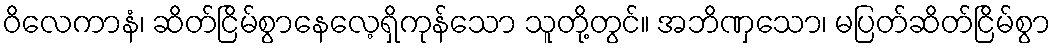
ဝိလေကာနံ၊ ဆိတ်ငြိမ်စွာနေလေ့ရှိကုန်သော သူတို့တွင်။ အဘိဏှသော၊ မပြတ်ဆိတ်ငြိမ်စွာ